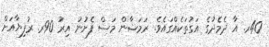
40ރ. އާ ދެމެދުގެ އަގުތަކެއްގައެވެ. ރަމަޟާން މަސް ފެށުނު އިރު 90ރ. ރުފިޔާއަށް